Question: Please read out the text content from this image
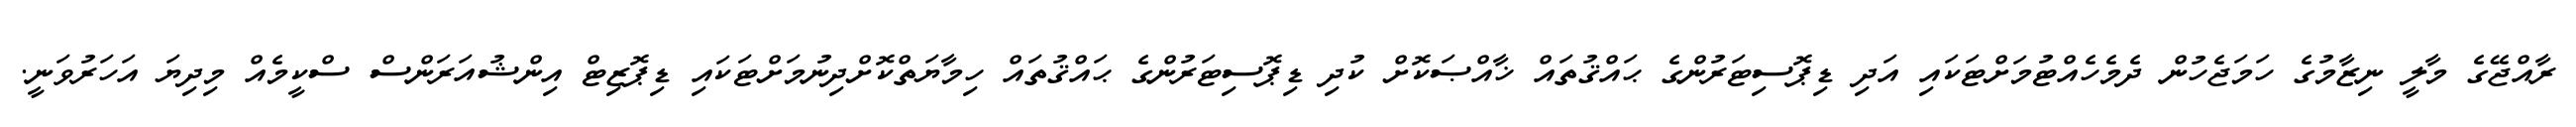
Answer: ރާއްޖޭގެ މާލީ ނިޒާމުގެ ހަމަޖެހުން ދެމެހެއްޓުމަށްޓަކައި އަދި ޑިޕޮސިޓަރުންގެ ޙައްޤުތައް ޚާއްޞަކޮށް ކުދި ޑިޕޮސިޓަރުންގެ ޙައްޤުތައް ހިމާޔަތްކޮށްދިނުމަށްޓަކައި ޑިޕޮޒިޓް އިންޝުއަރަންސް ސްކީމެއް މިދިޔަ އަހަރުވަނީ.